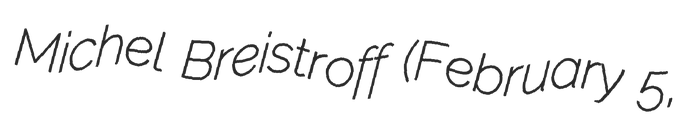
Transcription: Michel Breistroff (February 5,